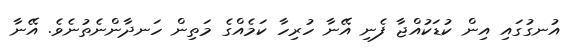
އުނގުގައި އިން ކުޑަކުއްޖާ ފެނި އޭނާ ހުރިހާ ކަމެއްގެ މަތިން ހަނދާންނެތުނެވެ. އޭނާ